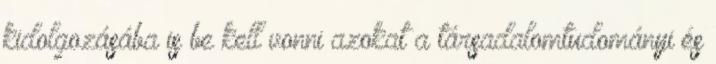
kidolgozásába is be kell vonni azokat a társadalomtudományi és